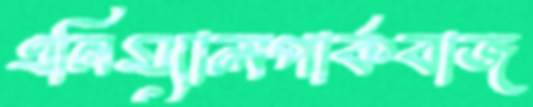
এনিম্যালপার্কবাজ